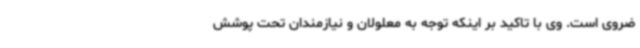
ضروی است. وی با تاکید بر اینکه توجه به معلولان و نیازمندان تحت پوشش